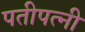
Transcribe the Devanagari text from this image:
पतीपत्नी